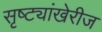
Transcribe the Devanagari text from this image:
सृष्ट्यांखेरीज